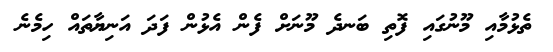
ތެޅުމާއި މޫނުގައި ފޮތި ބަނދެ މޫނަށް ފެން އެޅުން ފަދަ އަނިޔާތައް ހިމެނެ